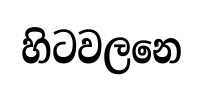
හිටවලනෙ